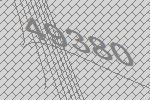
49380